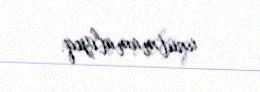
unutmamalıyıq.